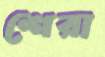
শেরা